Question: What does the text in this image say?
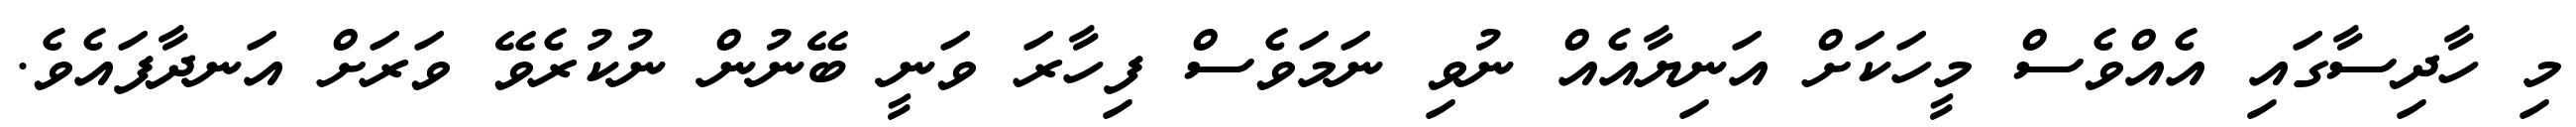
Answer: މި ހާދިސާގައި އެއްވެސް މީހަކަށް އަނިޔާއެއް ނުވި ނަމަވެސް ފިހާރަ ވަނީ ބޭނުން ނުކުރެވޭ ވަރަށް އަނދާފައެވެ.